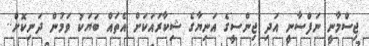
ޖިސްމާނީ ނަފްސާނީ އަދި ޖިންސީގެ އަނިޔާގެ ޝިކާރައަކަށް އެތައް ބަޔަކު ވަމުން ދަނިކޮށް..